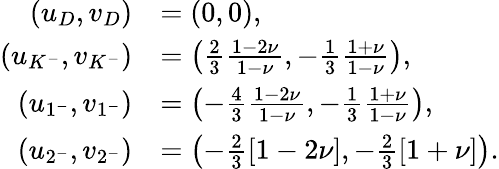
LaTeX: \begin{array}{rl}{(u_{D},v_{D})}&{=(0,0),}\\ {(u_{K^{-}},v_{K^{-}})}&{=\left(\frac{2}{3}\frac{1-2\nu}{1-\nu},-\frac{1}{3}\frac{1+\nu}{1-\nu}\right),}\\ {(u_{1^{-}},v_{1^{-}})}&{=\left(-\frac{4}{3}\frac{1-2\nu}{1-\nu},-\frac{1}{3}\frac{1+\nu}{1-\nu}\right),}\\ {(u_{2^{-}},v_{2^{-}})}&{=\left(-\frac{2}{3}\left[1-2\nu\right],-\frac{2}{3}\left[1+\nu\right]\right).}\end{array}